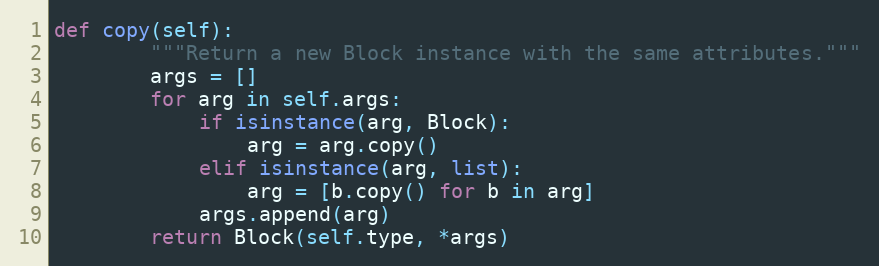
Language: Python
def copy(self):
        """Return a new Block instance with the same attributes."""
        args = []
        for arg in self.args:
            if isinstance(arg, Block):
                arg = arg.copy()
            elif isinstance(arg, list):
                arg = [b.copy() for b in arg]
            args.append(arg)
        return Block(self.type, *args)